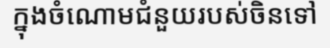
ក្នុងចំណោមជំនួយរបស់ចិនទៅ